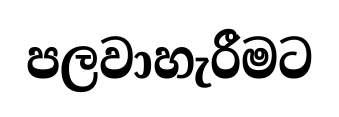
පලවාහැරීමට